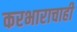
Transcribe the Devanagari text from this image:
करभाराचाही